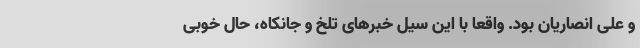
و علی انصاریان بود. واقعا با این سیل خبرهای تلخ و جانکاه، حال خوبی